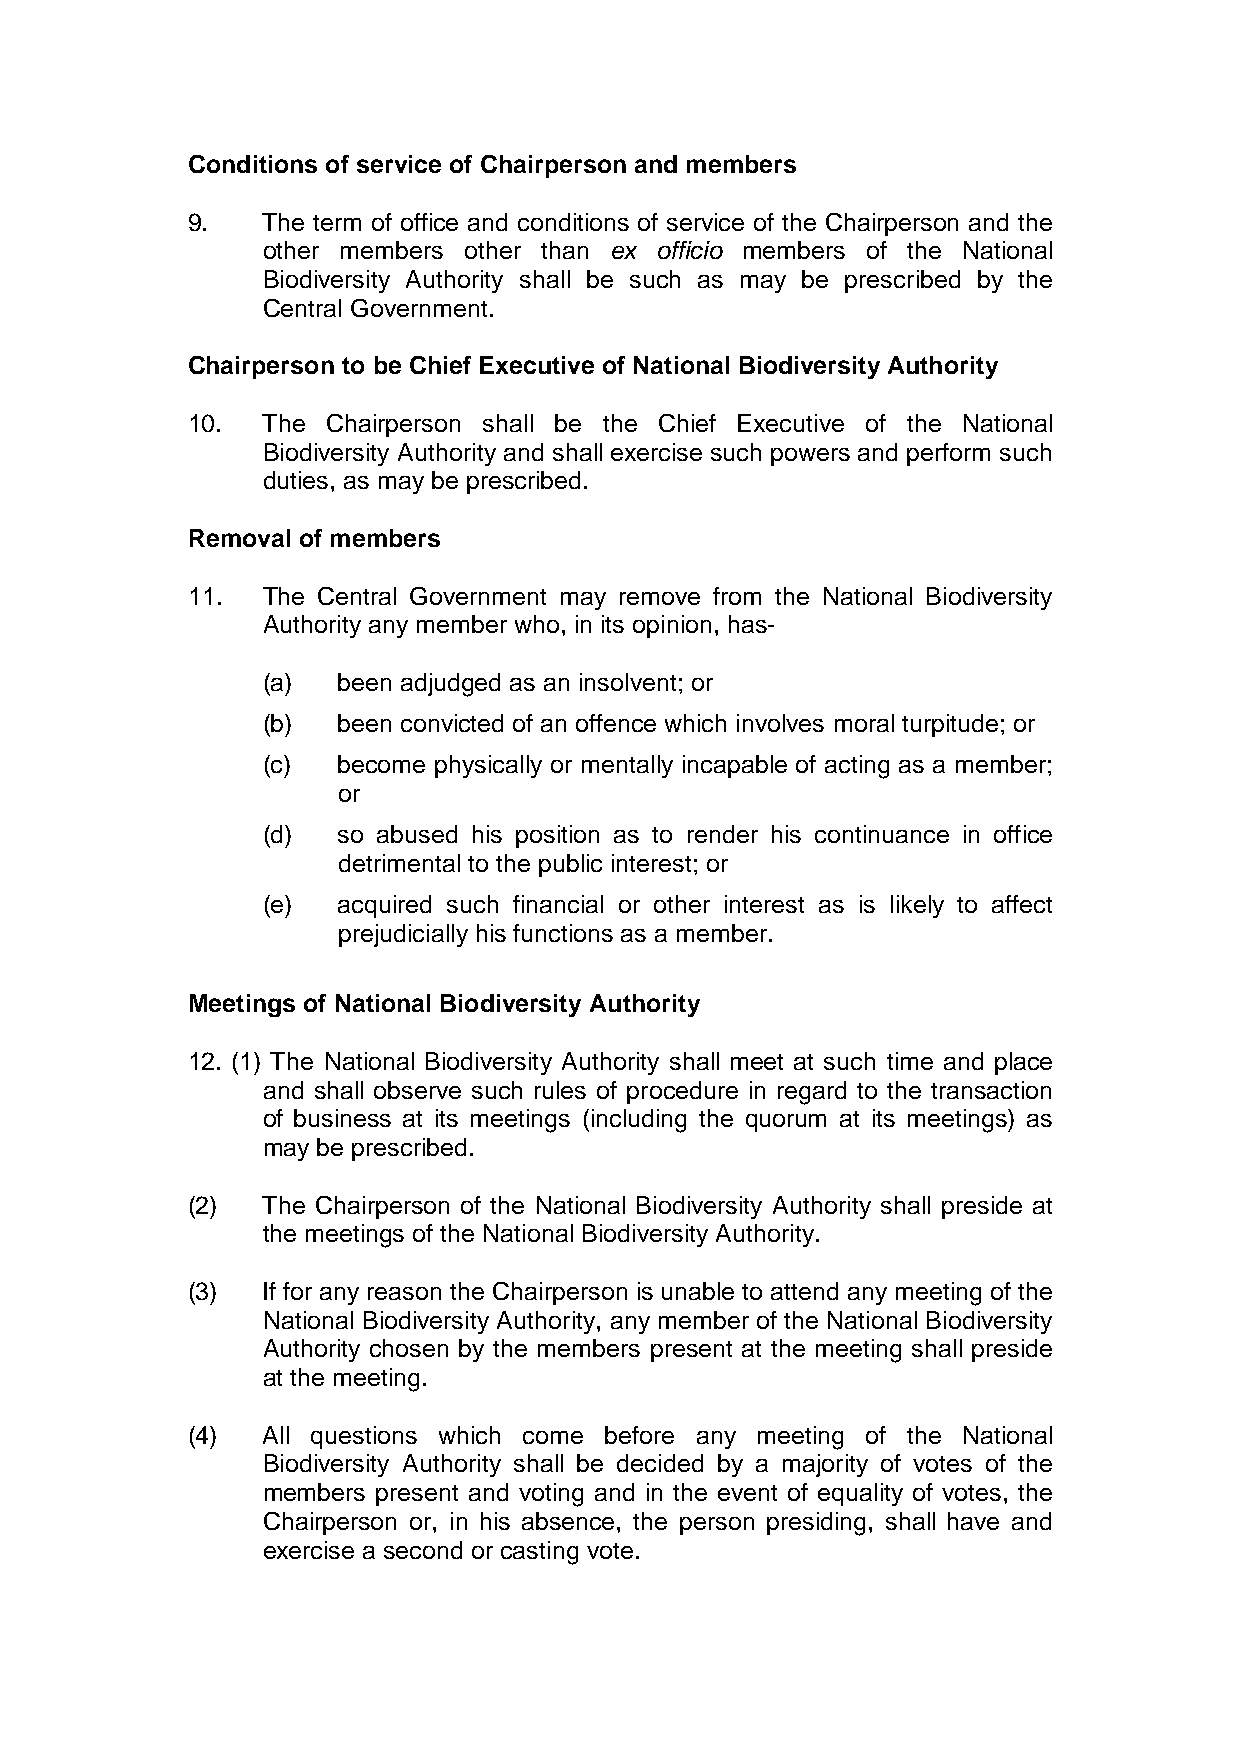
Conditions of service of Chairperson and members
 9.   The term of office and conditions of service of the Chairperson and the
 other members other than ex officio members of the National
 Biodiversity Authority shall be such as may be prescribed by the
 Central Government.
 Chairperson to be Chief Executive of National Biodiversity Authority
 10.  The  Chairperson shall be the Chief Executive of the National
 Biodiversity Authority and shall exercise such powers and perform such
 duties, as may be prescribed.
 Removal of members
 11.  The Central Government may remove from the National Biodiversity
 Authority any member who, in its opinion, has-
 (a)  been adjudged as an insolvent; or
 (b)  been convicted of an offence which involves moral turpitude; or
 (c)  become physically or mentally incapable of acting as a member;
 or
 (d)  so abused his position as to render his continuance in office
 detrimental to the public interest; or
 (e)  acquired such financial or other interest as is likely to affect
 prejudicially his functions as a member.
 Meetings of National Biodiversity Authority
 12. (1) The National Biodiversity Authority shall meet at such time and place
 and shall observe such rules of procedure in regard to the transaction
 of business at its meetings (including the quorum at its meetings) as
 may be prescribed.
 (2)  The Chairperson of the National Biodiversity Authority shall preside at
 the meetings of the National Biodiversity Authority.
 (3)  If for any reason the Chairperson is unable to attend any meeting of the
 National Biodiversity Authority, any member of the National Biodiversity
 Authority chosen by the members present at the meeting shall preside
 at the meeting.
 (4)  All questions which come before any meeting of the National
 Biodiversity Authority shall be decided by a majority of votes of the
 members present and voting and in the event of equality of votes, the
 Chairperson or, in his absence, the person presiding, shall have and
 exercise a second or casting vote.